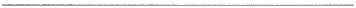
___